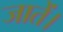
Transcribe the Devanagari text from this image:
जातें।